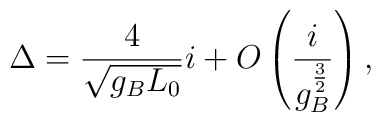
\Delta =  {4\over{\sqrt{g_B L_0}}}i +O\left( {i\over{ g_B^{3\over 2}}} \right) ,